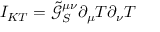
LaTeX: I _ { K T } = \tilde { \mathcal { G } } _ { S } ^ { \mu \nu } \partial _ { \mu } T \partial _ { \nu } T